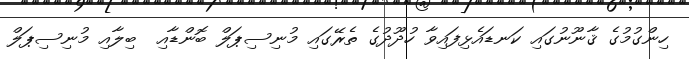
ހިންގުމުގެ ޤާނޫނުގައި ކަނޑައެޅިފައިވާ ހުދޫދުގެ ތެރޭގައި މުނިސިޕަލް ބޮންޑާއި  ބިލާއި މުނިސިޕަލް